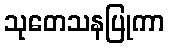
သုတေသနပြုကာ